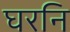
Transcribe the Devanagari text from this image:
घरनि